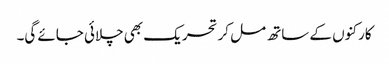
کارکنوں کے ساتھ مل کر تحریک بھی چلائی جائے گی۔